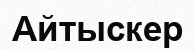
Айтыскер